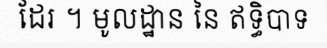
ដែរ ។ មូលដ្ឋាន នៃ ឥទ្ធិបាទ